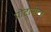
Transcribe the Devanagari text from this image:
पोटोमीटर